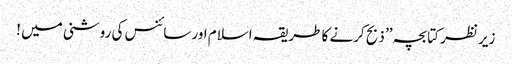
زیر نظر کتابچہ ’’ ذبح کرنے کا طریقہ اسلام اور سائنس کی روشنی میں !